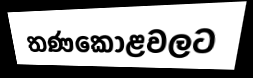
තණකොළවලට